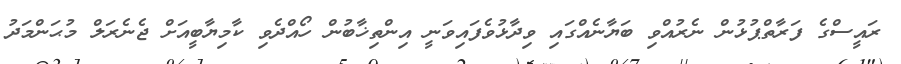
ރައީސްގެ ފަރާތްޕުޅުން ނެރުއްވި ބަޔާނެއްގައި ވިދާޅުވެފައިވަނީ އިންތިޚާބުން ހޯއްދެވި ކާމިޔާބީއަށް ޖެނެރަލް މުޙަންމަދު